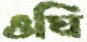
ওঘি